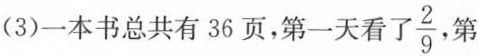
(3)一本书总共有36页，第一天看了 \frac{2}{9} 第